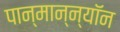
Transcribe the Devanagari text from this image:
पान्मान्न्यॉन